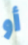
أو